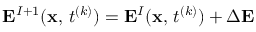
{ \bf E } ^ { I + 1 } ( { \bf x } , \, t ^ { ( k ) } ) = { \bf E } ^ { I } ( { \bf x } , \, t ^ { ( k ) } ) + \Delta { \bf E }